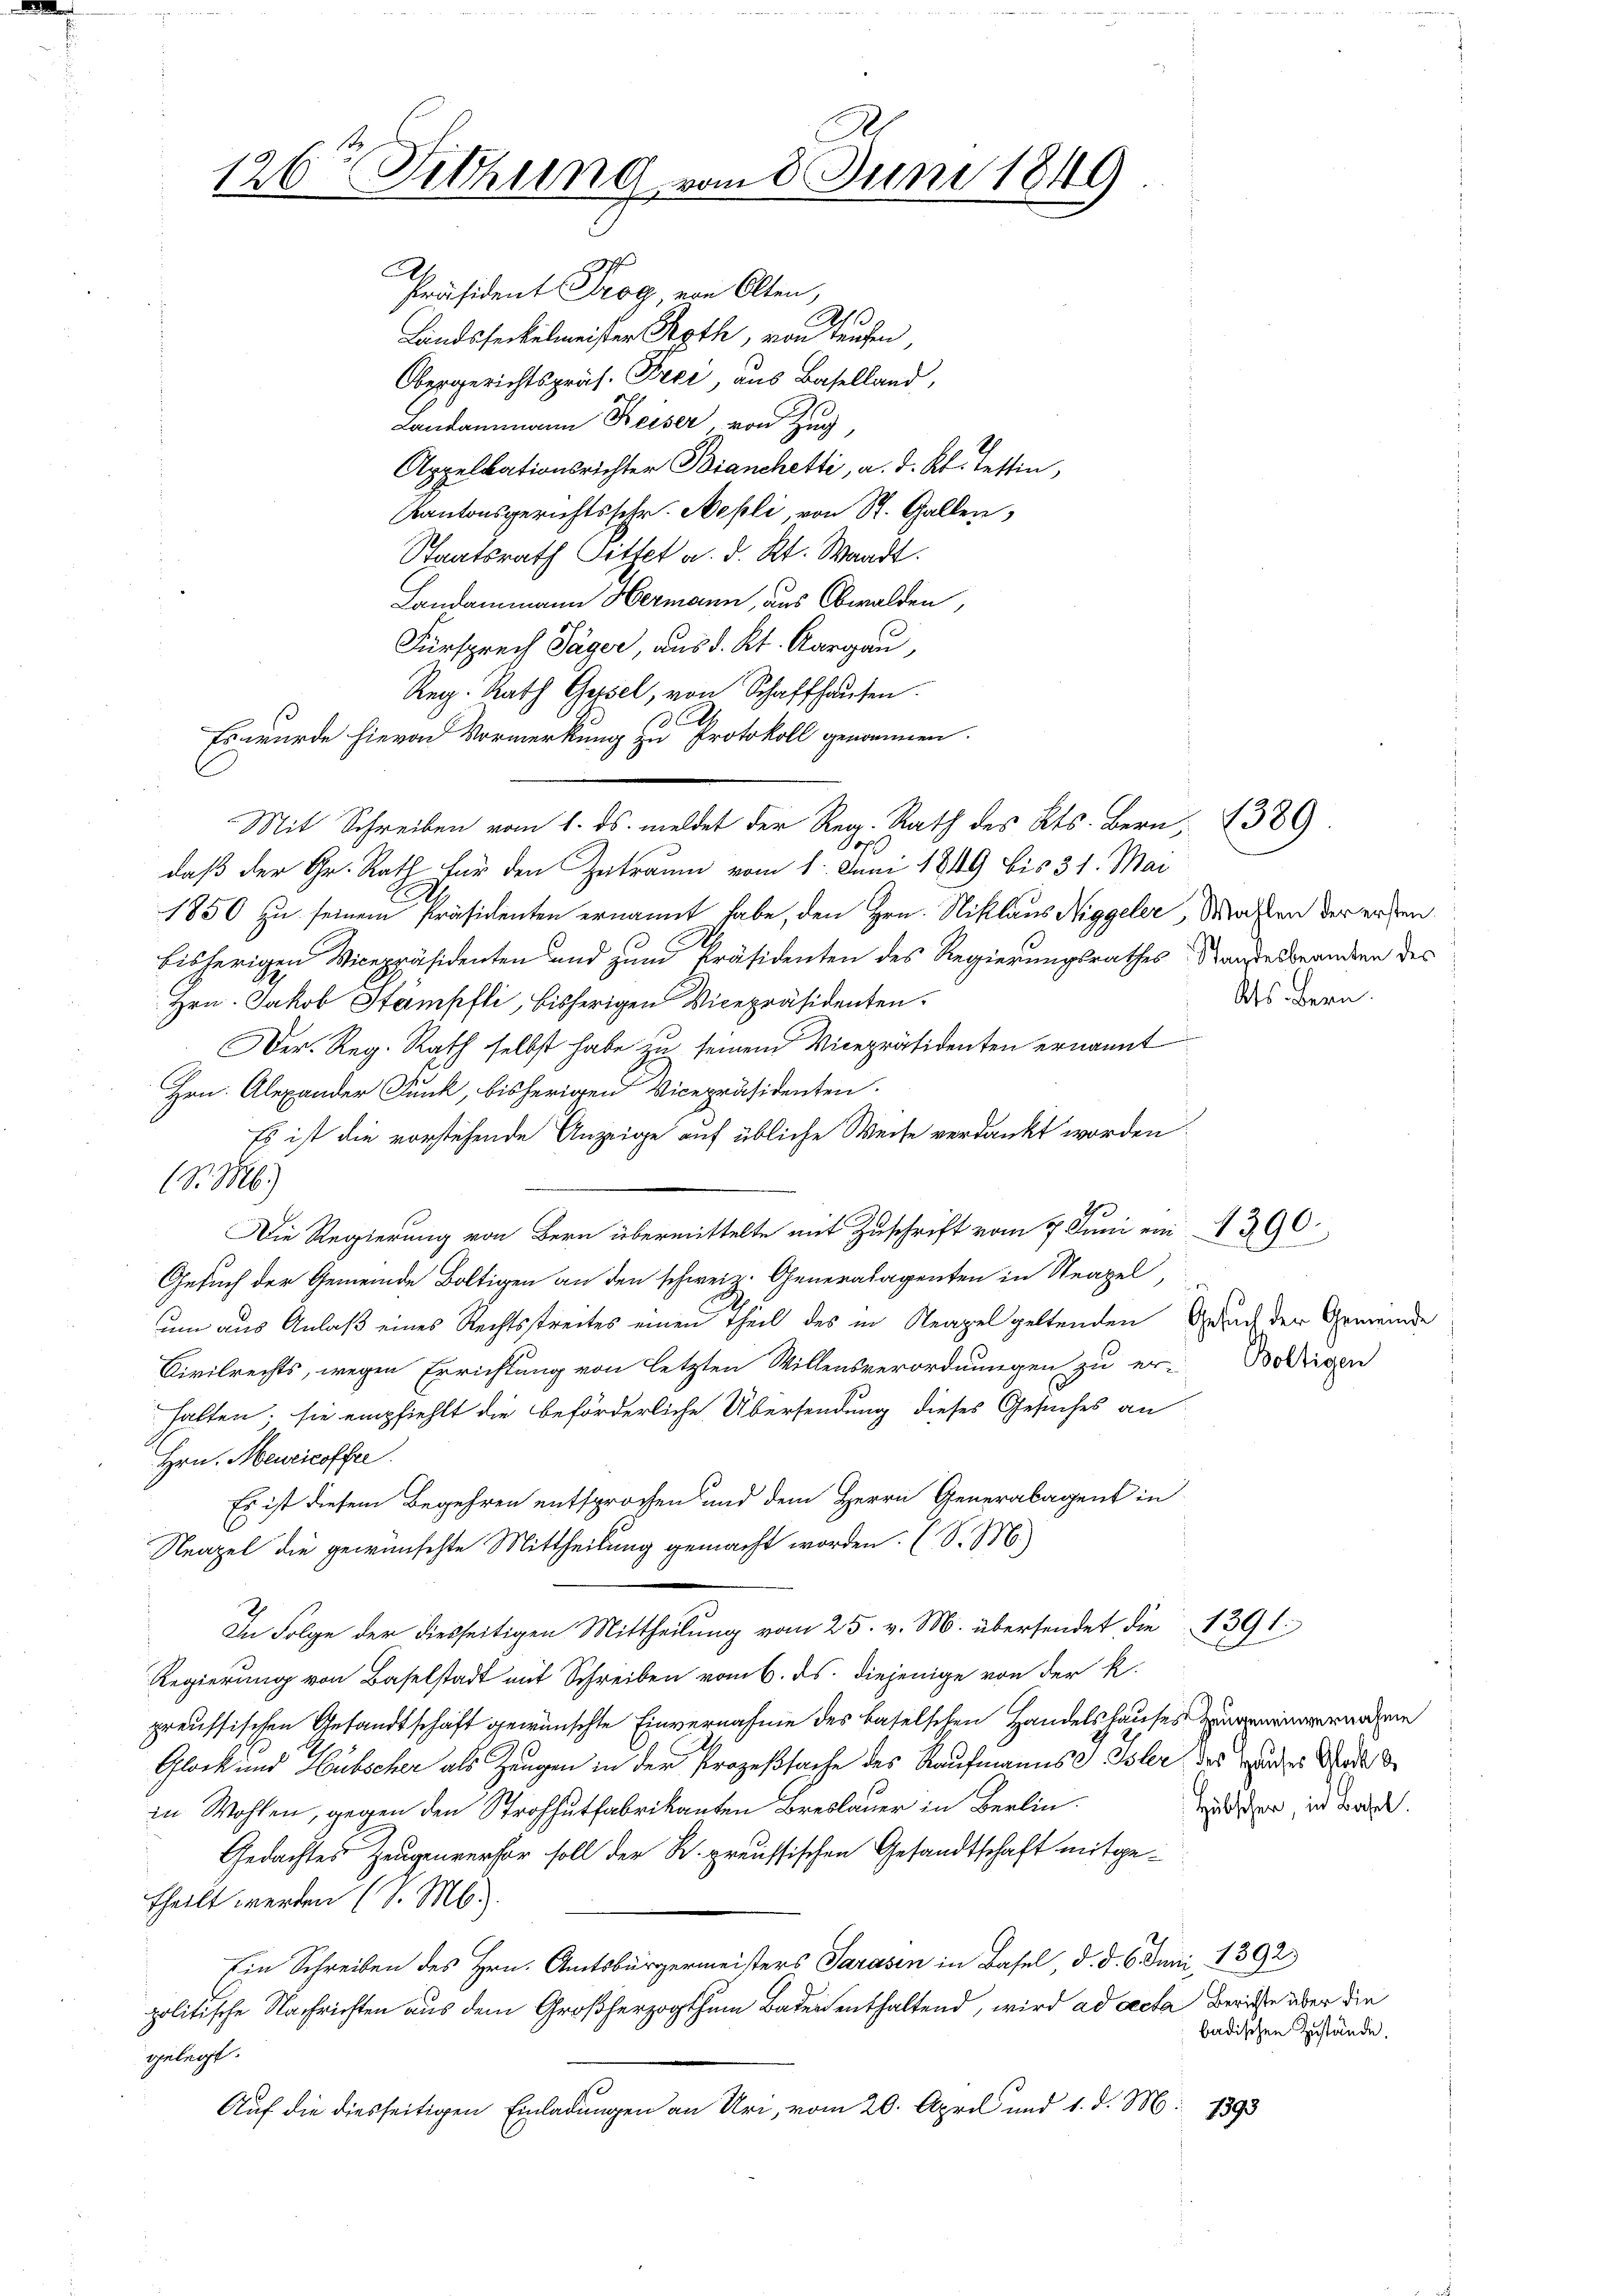
A
126r Sitzung vom 8. Juni 1849

Präsident Trog, von Olten,
.
Landsfeckelmeister Roth, von Teufen,
Obergerichtspräs. Frei aus Baselland,
Landammann Keiser, von Zug,
Appellationsrichter Bianchetti, a. d. Kt. Testin,
Kantonsgerichtsschr. Nepli, von St. Gallen,
Staatsrath Sittet a. d. Kt. Waadt.
Landammann Hermann, aus Obwalden,
Fürsprech Jäger, aus d. Kt. Aargau,
Reg. Rath Gysel, von Schaffhaŭsen.
l
Es wurde hievon Vormerkung zu Protokoll genommen.
daß der Gr. Rath für den Zeitraum vom 1. Juni 1849 bis 31. Mai
1850 zu seinem Präsidenten ernannt habe, den Hrn. Niklaus Niggeler, Mahlen der ersten,
bisherigen Vicepräsidenten und zum Präsidenten des Regierungsrathes Standesbeanten des
Hrn. Jakob Stämpfli, bisherigen Vicepräsidenten.
Der Reg. Rath selbst habe zu seinem Vicepräsidenten ernannt
Hrn. Alexander Dunk, bisherigen Vicepräsidenten.
Es ist die vorstehende Anzeige auf übliche Weise verdankt worden.
S. M.)
Die Regierung von Bern übermittelte mit Zuschrift vom 7. Juni ein 390
Gesuch der Gemeinde Boltigen an den schweiz. Generalagenten in Neapel,
um aus Anlaß eines Rechtsstreites einen Theil des in Neapel geltenden Geruch der Gemeinde
Civilrechts, wegen Errichtung von letzten Willensverordnungen zu er-Bolligen
halten; sie empfiehlt die beförderliche Übersendung dieses Gesuches an
Hrn. Meuricoffer
Es ist diesem Begehren entsprochen und dem Herrn Generalagent in
Neapel die gewünschte Mittheilung gemacht worden. (S. M.
In Folge der diesseitigen Mittheilung vom 25. v. M. übersendet die 1391
Regierung von Baselstadt mit Schreiben vom 6. ds. diejenige von der k.
preussischen Gesandtschaft gewünschte Einvernahme des Baselschen Handelshauses zu geneinvermachen
Glock und Hubscher als Zeugen in der Prozeßsache des Kaufmannst Isler, das Bundes Wert d
Hübscher, in Basel
in Wohlen, gegen den Strohhutfabrikanten Breslauer in Berlin.
Gedachtes Zeugenverhor soll der K. preussischen Gesandtschaft mitgetheilt werden (S. M.
Ein Schreiben des Hrn. Amtsbürgermeisters Sarasen in Basel, d. d. 6. Juni 1392
politische Nachrichten aus dem Großherzogthum Baden enthaltend, wird ad acta berichte über die
badischen Zustände.
gelegt.
Auf die diesseitigen Einladungen an Uri, vom 20. April und 1. d. M. 1393

Mit Schreiben vom 1. ds. meldet der Reg. Rath des Kts. Bern, 389.
Pofl

Als Bern.